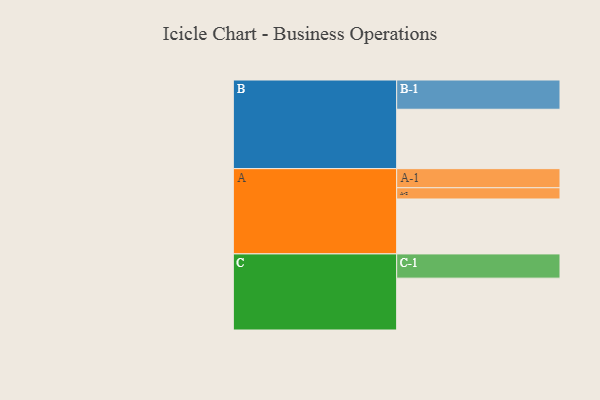
{"axis": {"x": "Segment", "y": "Value"}, "legend": ["", "A", "B", "C"], "data": [{"x": "A", "y": 503, "type": ""}, {"x": "B", "y": 544, "type": ""}, {"x": "C", "y": 475, "type": ""}, {"x": "A-1", "y": 175, "type": "A"}, {"x": "A-2", "y": 103, "type": "A"}, {"x": "B-1", "y": 268, "type": "B"}, {"x": "C-1", "y": 222, "type": "C"}]}